Vaccination in Bombay 1889-1901 - 1889-1901
Year: 1889
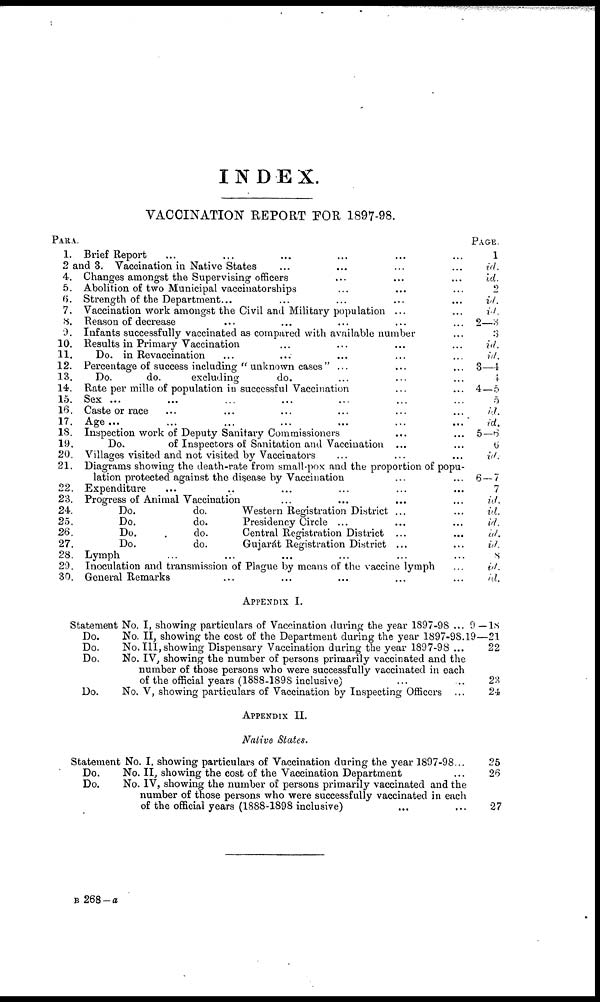
INDEX.
VACCINATION REPORT FOR 1897-98.
PARA.
1.
2
4.
5.
6.
7.
8.
9.
10.
11.
12.
13.
14.
15.
16.
17.
18.
19.
20.
21.
22.
23.
24.
25.
26.
27.
28.
29.
30.
Brief Report ... ... ... ... ... ...
and 3.Vaccination in Native States ... ... ... ...
Changes amongst the Supervising officers ... ... ...
Abolition of two Municipal vaccinatorships ... ... ...
Strength of the Department... ... ... ... ...
Vaccination work amongst the Civil and Military population ... ...
Reason of decrease ... ... ... ... ...
Infants successfully vaccinated as compared with available number ...
Results in Primary Vaccination ... ... ... ...
Do. in Revaccination ... ... ... ... ...
Percentage of success including " unknown cases" ... ... ...
Do.
do.
excluding
do. ... ... ...
Rate per mille of population in successful Vaccination ... ...
Sex ... ... ... ... ... ... ...
Caste or race ... ... ... ... ... ...
Age... ... ... ... ... ... ...
Inspection work of Deputy Sanitary Commissioners ... ...
Do.
of Inspectors of Sanitation and Vaccination ... ...
Villages visited and not visited by Vaccinators ... ... ...
Diagrams showing the death-rate from small-pox and the proportion of popu-
lation protected against the disease by Vaccination ... ...
Expenditure ... ... ... ... ... ...
Progress of Animal Vaccination ... ... ... ...
Do.
do.
Western Registration District ... ...
Do.
do.
Presidency Circle ... ... ...
Do.
.
do.
Central Registration District ... ... ...
Do.
do.
Gujarát Registration District ... ...
Lymph ... ... ... ... ...
Inoculation and transmission of Plague by means of the vaccine lymph ...
General Remarks ... ... ... ... ...
PAGE.
1
id.
id.
2
id. id.
2—3
3
id.
id.
3—4
4
4—5
5
id.
id.
5—6
6
id.
6—7
7
id.
id.
id.
id.
id.
8
id.
id.
APPENDIX I.
Statement
Do.
Do.
Do.
Do.
No. I, showing particulars of Vaccination during the year 1897-98 ...
No. II, showing the cost of the Department during the year 1897-98.
No. III, showing Dispensary Vaccination during the year 1897-98 ...
No. IV, showing the number of persons primarily vaccinated and the
number of those persons who were successfully vaccinated in each
of the official years (1888-1898 inclusive) ...
No. V, showing particulars of Vaccination by Inspecting Officers ...
9—18
19—21
22
23
24
APPENDIX II.
Native States.
Statement
Do.
Do.
No. I, showing particulars of Vaccination during the year 1897-98...
No. II, showing the cost of the Vaccination Department ...
No. IV, showing the number of persons primarily vaccinated and the
number of those persons who were successfully vaccinated in each
of the official years (1888-1898 inclusive) ...
25
26
27
B 268—a